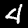
Label: 4